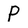
Character: P